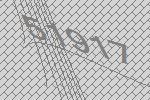
51917